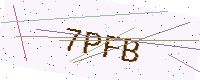
Text: 7PFB